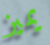
يميز